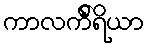
ကာလင်္ကိရိယာ